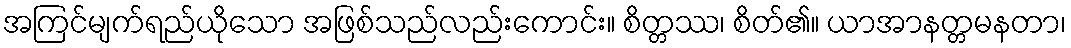
အကြင်မျက်ရည်ယိုသော အဖြစ်သည်လည်းကောင်း။ စိတ္တဿ၊ စိတ်၏။ ယာအာနတ္တမနတာ၊